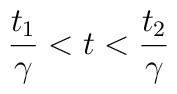
\frac{t_{1}}{\gamma }<t<\frac{t_{2}}{\gamma }